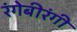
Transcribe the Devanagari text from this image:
रंगेबीरंगी